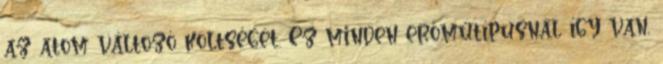
az atom változó költségét. Ez minden erőműtípusnál így van,